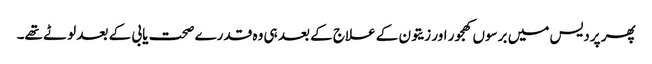
پھر پردیس میں برسوں کھجور اور زیتون کے علاج کے بعد ہی وہ قدرے صحت یابی کے بعد لوٹے تھے۔